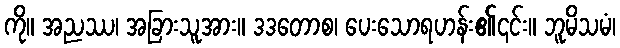
ကို။ အညဿ၊ အခြားသူအား။ ဒဒတောစ၊ ပေးသောရဟန်း၏၎င်း။ ဘူမိသမံ၊